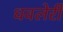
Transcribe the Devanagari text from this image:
धवलेरी